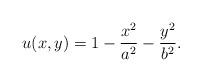
LaTeX: \begin{align*}u(x,y)=1- \frac{x^2}{a^2} - \frac{y^2}{b^2}.\end{align*}